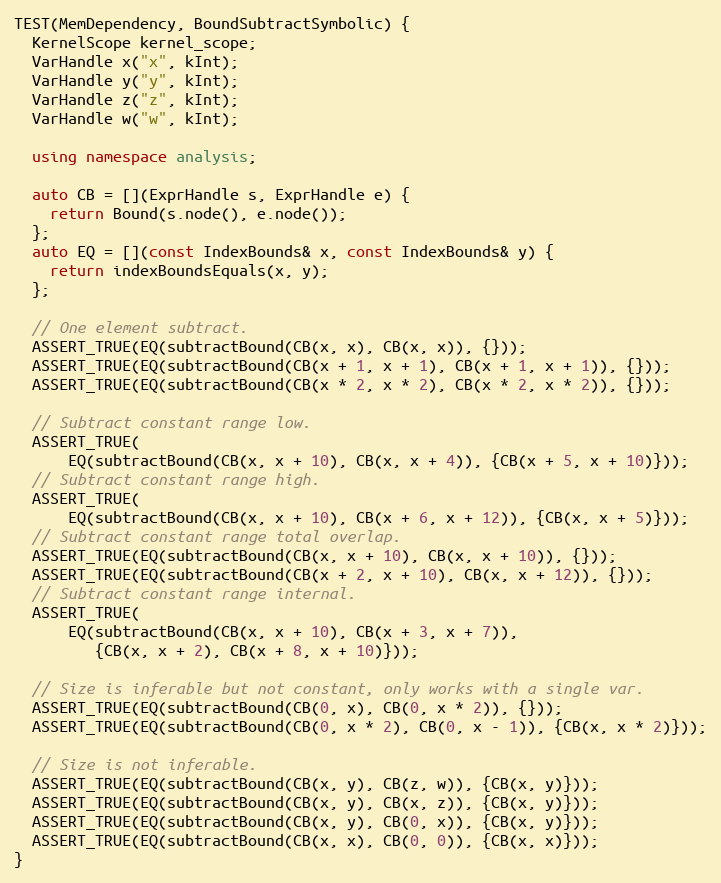
Language: C++
TEST(MemDependency, BoundSubtractSymbolic) {
  KernelScope kernel_scope;
  VarHandle x("x", kInt);
  VarHandle y("y", kInt);
  VarHandle z("z", kInt);
  VarHandle w("w", kInt);

  using namespace analysis;

  auto CB = [](ExprHandle s, ExprHandle e) {
    return Bound(s.node(), e.node());
  };
  auto EQ = [](const IndexBounds& x, const IndexBounds& y) {
    return indexBoundsEquals(x, y);
  };

  // One element subtract.
  ASSERT_TRUE(EQ(subtractBound(CB(x, x), CB(x, x)), {}));
  ASSERT_TRUE(EQ(subtractBound(CB(x + 1, x + 1), CB(x + 1, x + 1)), {}));
  ASSERT_TRUE(EQ(subtractBound(CB(x * 2, x * 2), CB(x * 2, x * 2)), {}));

  // Subtract constant range low.
  ASSERT_TRUE(
      EQ(subtractBound(CB(x, x + 10), CB(x, x + 4)), {CB(x + 5, x + 10)}));
  // Subtract constant range high.
  ASSERT_TRUE(
      EQ(subtractBound(CB(x, x + 10), CB(x + 6, x + 12)), {CB(x, x + 5)}));
  // Subtract constant range total overlap.
  ASSERT_TRUE(EQ(subtractBound(CB(x, x + 10), CB(x, x + 10)), {}));
  ASSERT_TRUE(EQ(subtractBound(CB(x + 2, x + 10), CB(x, x + 12)), {}));
  // Subtract constant range internal.
  ASSERT_TRUE(
      EQ(subtractBound(CB(x, x + 10), CB(x + 3, x + 7)),
         {CB(x, x + 2), CB(x + 8, x + 10)}));

  // Size is inferable but not constant, only works with a single var.
  ASSERT_TRUE(EQ(subtractBound(CB(0, x), CB(0, x * 2)), {}));
  ASSERT_TRUE(EQ(subtractBound(CB(0, x * 2), CB(0, x - 1)), {CB(x, x * 2)}));

  // Size is not inferable.
  ASSERT_TRUE(EQ(subtractBound(CB(x, y), CB(z, w)), {CB(x, y)}));
  ASSERT_TRUE(EQ(subtractBound(CB(x, y), CB(x, z)), {CB(x, y)}));
  ASSERT_TRUE(EQ(subtractBound(CB(x, y), CB(0, x)), {CB(x, y)}));
  ASSERT_TRUE(EQ(subtractBound(CB(x, x), CB(0, 0)), {CB(x, x)}));
}